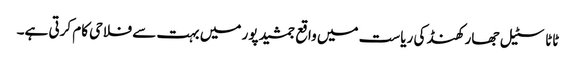
ٹاٹا سٹیل جھارکھنڈ کی ریاست میں واقع جمشید پور میں بہت سے فلاحی کام کرتی ہے۔